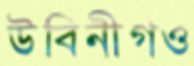
উবিনীগও